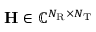
\mathbf { H } \in \mathbb { C } ^ { N _ { \mathrm { R } } \times N _ { \mathrm { T } } }